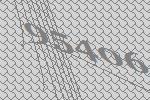
95406